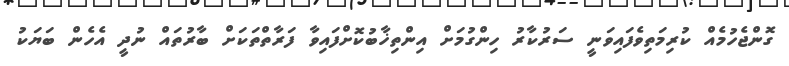
ގޮންޖެހުމެއް ކުރިމަތިވެފައިވަނީ ސަރުކާރު ހިންގުމަށް އިންތިޚާބުކޮށްފައިވާ ފަރާތްތަކަށް ބާރުތައް ނުދީ އެހެން ބަޔަކު